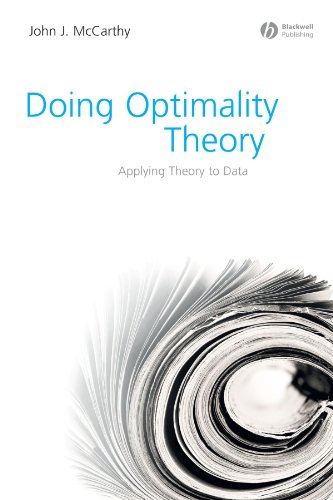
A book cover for Doing Optimality Theory: Applying Theory to Data; John J. McCarthy; Reference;